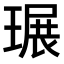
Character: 𤧷